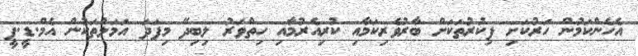
އެހެންކަމުން ހަރުކަށި ފިކުރުތަކަށް ބާރުވެރިކަމާއި ކުރިއެރުމާއި ހިތްވަރު ލިބިދޭ މިފަދަ އަމަލުތަކުން އެމް.ޑީ.ޕީ